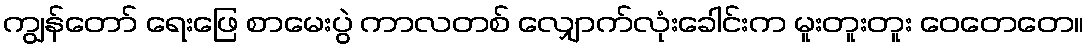
ကျွန်တော် ရေးဖြေ စာမေးပွဲ ကာလတစ် လျှောက်လုံးခေါင်းက မူးတူးတူး ဝေတေတေ။